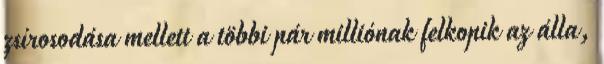
zsírosodása mellett a többi pár milliónak felkopik az álla,